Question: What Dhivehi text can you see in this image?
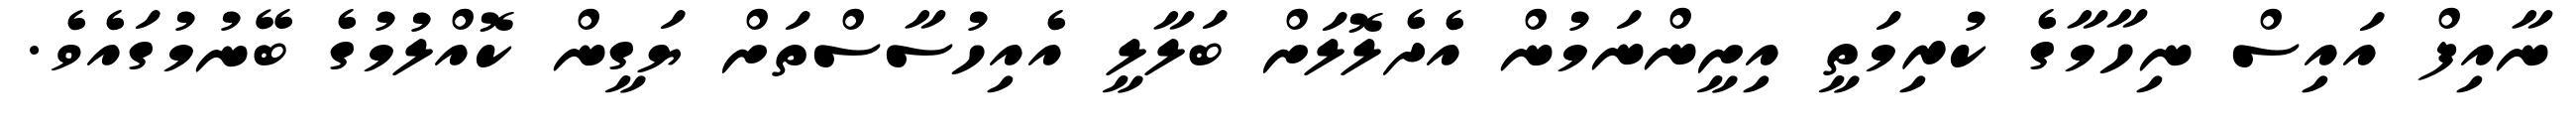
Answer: ނާއިފް އައިސް ނިހާމާގެ ކުރިމަތީ އިށީންނަމުން އެދެލޮލަށް ބަލާލީ އެއިހުސާސްތަށް ޔަގީން ކޮއްލުމުގެ ބޭނުމުގައެވެ.